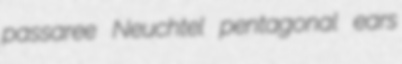
passaree Neuchtel pentagonal ears